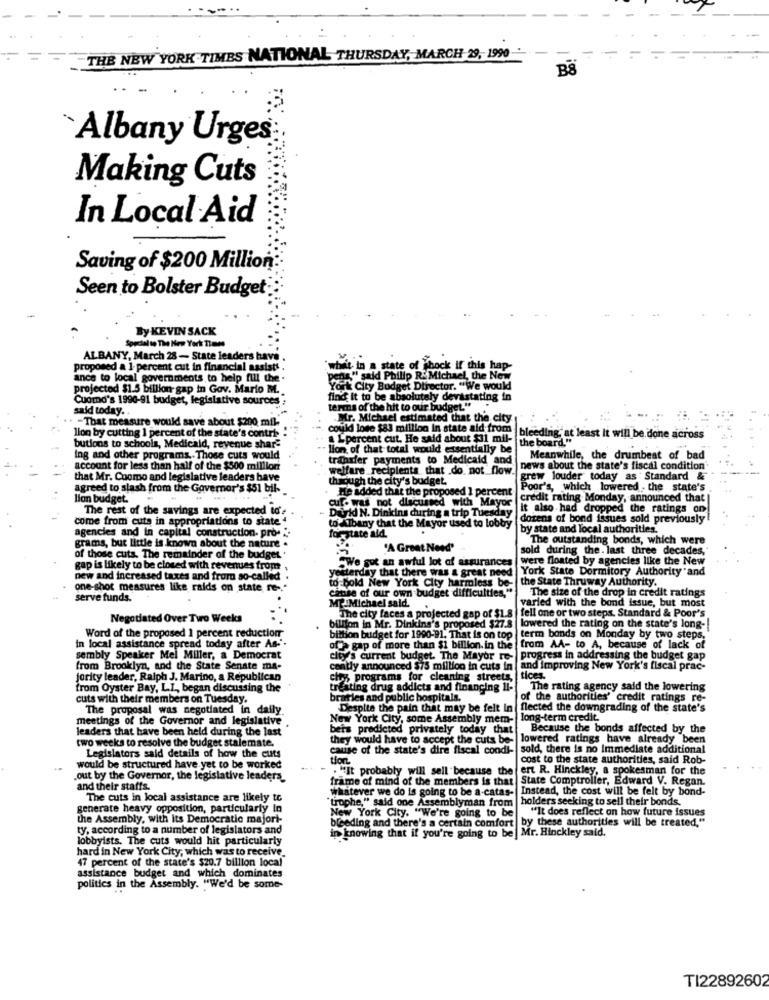
-
THE NEW YORK TIMES NATIONAL THURSDAY, MARCH 29, 1990-
B8
`Albany Urges
Making Cuts
In Local Aid
Saving of $200 Million:
Seen to Bolster Budget
By KEVIN SACK
Special to The New York Times
ALBANY, March 28- State leaders have
proposed a 1- percent cut in financial assists .
In a state of shock if this hap
ance to local governments to help fill the .
" said Philip R.Michael, the Now
projected $1.5 billion-gap in Gov. Mario M.
York City Budget Director. "We would
Cuomo's 1996-91 budget, legislative sources
find it to be absolutely devastating in
said today.
terms of the hit to our budget.
. . - That measure would save about $200 mil-
Mr. Michael estimated that the city
could lose $83 million In state aid from
lion by cutting 1 percent of the state's contre
Lpercent cut. He said about $31 mil-
bleeding, at least it will be done across
the board."
butions to schools, Medicald, revenue share
lion of that total would essentially be
ing and other programs. Those cuts would
transfer payments to Medicaid and
Meanwhile, the drumbeat of bad
account for less than half of the $500 million
welfare_recipients that .do not flow.
news about the state's fiscal condition
that Mr. Cuomo and legislative leaders have
through the city's budget.
grew louder today as Standard &
agreed to slash from the Governor's $51 bil-
He added that the proposed 1 percent
Poor's, which lowered , the state's
lion budget.
credit rating Monday, announced that |
The rest of the savings are expected to' .
Darkd N. Dinkins during a trip Tuesda
cuf. was not discussed with Mayor it also had dropped the ratings on
come from cuts in appropriations to state *
dozens of bond issues sold previously!
agencies and in capital construction. pro- ".
to Albany that the Mayor used to lobby
by state and local authorities.
for state aid.
The outstanding bonds, which were
grams, but little is known about the nature .
'A Great Need'
sold during the. last three decades,"
of those cuts. The remainder of the budget
SwWe got an awful lot of assurance
were floated by agencies like the New
gap is likely to be closed with revenues from
sterday that there was a great nee
York State Dormitory Authority and
new and increased taxes and from so-called
to-bold New York City harmless be- the State Thruway Authority.
one-shot measures like raids on state re-
The size of the drop in credit ratings
serve funds.
ME.Michael sald.
cause of our own budget difficulties."
varied with the bond issue, but most
Negotiated Over Two Weeks
The city faces a projected gap of $1.
fell one or two steps. Standard & Poor's
billion in Mr. Dinking's proposed $27.8 |lowered the rating on the state's long -!
Word of the proposed 1 percent reduction
bittion budget for 1990-91. That is on top
term bonds on Monday by two steps,
in local assistance spread today after As -.
of a gap of more than $1 billion. in the
from AA- to A, because of lack of
sembly Speaker Mel Miller, a Democrat
city's current budget. The Mayor re- progress in addressing the budget gap
from Brooklyn, and the State Senate ma-
cently announced $75 million in cuts in | and improving New York's fiscal prac-
jority leader, Ralph J. Marino, a Republican
city programs for cleaning streets
tices.
from Oyster Bay, LI ,, began discussing the
Eating drug addicts and financing II-
The rating agency said the lowering
cuts with their members on Tuesday.
bratles and public hospitals.
of the authorities' credit ratings re-
The proposal was negotiated in daily.
Despite the pain that may be felt In
flected the downgrading of the state's
meetings of the Governor and legislative
New York City, some Assembly mem- long-term credit.
leaders that have been held during the last
beis predicted privately today that
Because the bonds affected by the
two weeks to resolve the budget stalemate.
they would have to accept the cuts be-
lowered ratings have already been
Legislators said details of how the cuts
cause of the state's dire fiscal condi-
sold, there is no Immediate additional
tion
cost to the state authorities, said Rob-
would be structured have yet to be worked
. "It probably will sell because the
ent R. Hinckley, a spokesman for the
.out by the Governor, the legislative leaders
frame of mind of the members is that
State Comptroller, Edward V. Regan.
and their staffs.
ever we do is going to be a-catas- Instead, the cost will be felt by bond-
The cuts in local assistance are likely to
"trophe," said one Assemblyman from |holders seeking to sell their bonds.
generate heavy opposition, particularly in
New York City. "We're going to be "It does reflect on how future issues
the Assembly, with its Democratic majori-
bleeding and there's a certain comfort by these authorities will be treated,"
ty, according to a number of legislators and
in knowing that if you're going to be Mr. Hinckley said.
lobbyists. The cuts would hit particularly
hard in New York City, which was to receive.
47 percent of the state's $20.7 billion local
assistance budget and which dominates
politics in the Assembly. "We'd be some-
TI22892602